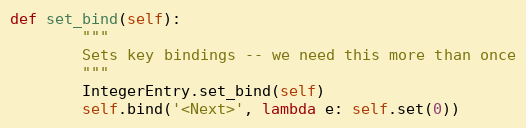
Language: Python
def set_bind(self):
        """
        Sets key bindings -- we need this more than once
        """
        IntegerEntry.set_bind(self)
        self.bind('<Next>', lambda e: self.set(0))